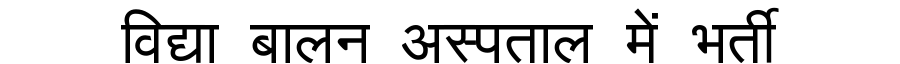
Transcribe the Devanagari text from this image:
विद्या बालन अस्पताल में भर्ती